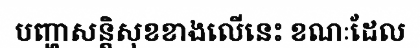
បញ្ហាសន្តិសុខខាងលើនេះ ខណៈដែល